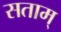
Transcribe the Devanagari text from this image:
सताम्